Bombay plague: being a history of the progress of plague in the Bombay presidency from September 1896 to June 1899
Year: 1896
Disease focus: Plague
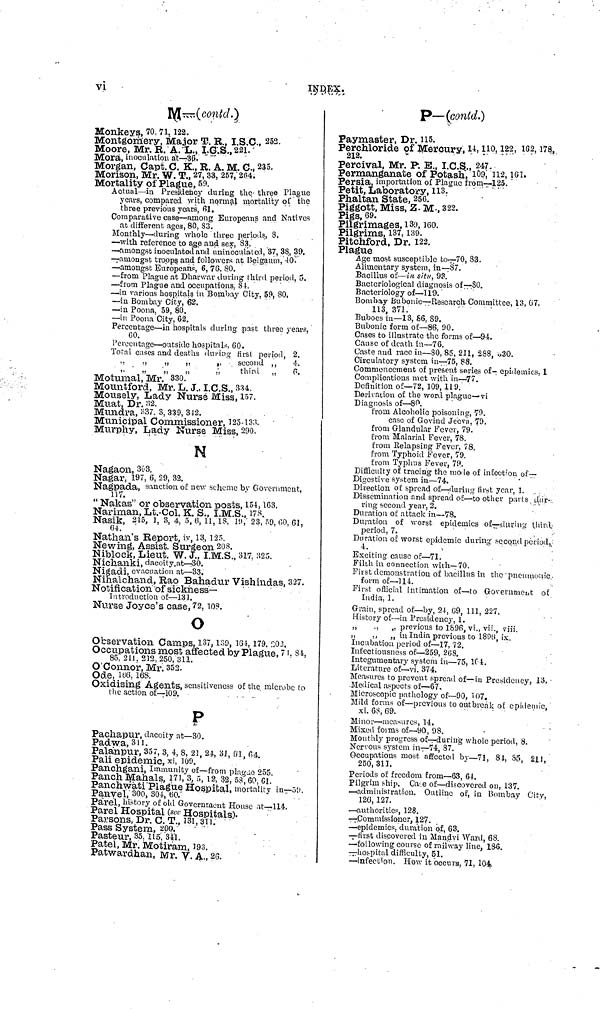
vi
INDEX.
M—(contd.)
Monkeys, 70,7l, 122.
Montgomery, Major T. R., I.S.C., 252.
Moore, Mr. R. A. L., I.C.S., 221.
Mora, inoculation
at—36.
Morgan, Capt. C. K., R. A. M. C., 235.
Morison, Mr. W. T., 27,33, 257, 264.
Mortality of Plague, 59.
Actual—in Presidency during the three Plague
years, compared with normal mortality of the
three previous years, 61.
Comparative case—among Europeans and Natives
at different ages, 80, 83.
Monthly—during whole three periods, 8.
—with reference to age and sex, 83.
—amongst inoculated and uninoculated, 37, 38, 39.
—amongst troops and followers at Belgaum, 40.
—amongst Europeans, 6, 76. 80.
—from Plague at Dharwar during third period, 5.
—from Plague and occupations. 84.
—in various hospitals in Bombay City. 59, 80.
—in Bombay City, 62.
—in Poona, 59, 80.
—in Poona City, 62.
Percentage—in hospitals during past three years,
CO.
Percentage—outside hospitals, 60.
Total cases and deaths during first period, 2.
,,
,,
„
,,
,,
second ,,
4.
„
,,
„
„
,,
third „
P.
Motumal, Mr. 330.
Mountford, Mr. L. J., I.C.S., 334.
Mousely, Lady Nurse Miss, 157.
Muat, Dr. 32.
Mundra, 337, 3, 339, 342.
Municipal Commissioner, 125-133.
Murphy, Lady Nurse Miss, 290.
N
Nagaon, 303.
Nagar, 197, 6, 29, 32.
Nagpada, sanction of new scheme by Government,
117.
" Nakas'' or observation posts, 154, 163.
Nariman, Lt.-Col. K. S., I.M.S., 178.
Nasik, 215, 1, 3, 4, 5, 6, 11, 13, 19, 23, 59, 60, 61,
64.
Nathan's Report, iv, 13, 125.
Newing, Assist. Surgeon 208.
Niblock, Lieut. W. J., I.M.S., 317, 325.
Nichanki, dacoity at—30.
Nigadi, evacuation at—33.
Nihalchand, Rap Bahadur Vishindas, 327.
Notification of sickness—
Introduction of—131.
Nurse Joyce's case, 72, 108.
O
Observation Camps, 137, 139, 164, 179, 203.
Occupations most affected by Plague, 71, 84,
85. 21J. 212,250, 311.
O'Connor, Mr. 352.
Ode, 166, 168.
Oxidising Agents, sensitiveness of the microbe to
the action
of—109.
P
Pachapur, dacoity at—30.
Padwa, 311.
Palanpur, 357, 3, 4, 8, 21, 24, 31, 61, 64.
Pali epidemic, xi, 109.
Panchgani, Immunity of—from plagae 255.
\ill\
,3,5, 12, 32, 58, 60, 61.
Hospital, mortality in—59.
Panvel, 300, 304, 60.
Parel, history of old Government House at—114.
Parel Hospital (see Hospitals).
Parsons, Dr. C. T., 131, 311.
Pass System, 200.
Pasteur, 30, 115, 341.
Patel, Mr. Motiram, 193.
Patwardhan, Mr. V. A., 26.
P—(contd.)
Paymaster, Dr. 115.
Perchloride of Mercury, 14, 110, 122, 162, 178,
212.
Percival, Mr. P. E., I.C.S., 247.
Permanganate of Potash, 109, 112, 161.
Persia, importation of Plague from—125.
Petit, Laboratory, 113.
Phaltan State, 256,
Piggott, Miss, Z. M., 322.
Pigs, 69.
Pilgrimages, 139, 160.
Pilgrims, 137, 139.
Pitchford, Dr. 122.
Plague
Age most susceptible to—70, 83,
Alimentary system, in—87.
Bacillus of—in situ, 93.
Bacteriological diagnosis of —80.
Bacteriology of—119.
Bombay Bubonic—Research Committee, 13, 67.
113, 371.
Buboes in—13, S6, 89.
Bubonic form of—86, 90.
Cases to illustrate the forms of—94.
Cause of death in—76.
Caste and race in—80, 85, 211, 288, 330.
Circulatory system in—75, 88.
Commencement of present series of- epidemics. 1
Complications met with in—77.
Definition of—72, 109, 119.
Derivation of the word plague—vi
Diagnosis of—80.
from Alcoholic poisoning, 79.
case of Govind Jeeva, 79.
from Glandular Fever, 79.
from Malarial Fever, 78.
from Eelapsing Fever, 78.
from Typhoid Fever, 79.
from Typhus Fever, 79.
Difficulty of tracing the mode of infection of—
Digestive system in—74.
Direction of spread of—during first year, 1.
Dissemination and spread of—to other parts dur-
ring second year, 2.
Duration of attack in—78.
Duration of worst epidemics of—during third,
period, 7.
.
Duration of worst epidemic during second period,
Exciting cause of—71.
Filth in connection with—70.
First demonstration of bacillus in the pneumonic.
form of—114.
First official intimation of—to Government of
India, 1.
Grain, spread of—by, 24, 69, 111, 227.
History of—in Presidency, 1.
,,
., ,, previous to 1896, vi., vii., viii.
,,
., „ in India previous to 1896, ix.
Incubation period of—17, 72.
Infectiousness of—259, 268.
Integumentary system in—75, 164.
Literature of—vi. 374.
Measures to prevent spread of—in Presidency, 13.
Medical aspects of—67.
Microscopic pathology of—90, 107.
Mild forms of—previous to outbreak of epidemic,
xi. 68, 69.
Minor—measures, 14.
Mixed forms of—90, 98.
Monthly progress of—during whole period, 8.
Nervous system in—74, 87.
Occupations most affected by—71, 84, 85, 211,
250, 311.
Periods of freedom from—63, 64.
Pilgrim ship. Case of—discovered on, 137.
—administration. Outline of, in Bombay City,
126, 127.
—authorities, 128.
—Commissioner, 127.
—epidemics, duration of, 63.
—first discovered in Mandvi Ward, 68.
—following course of railway line, 186.
—hospital difficulty, 51.
—infection. How it "occurs, 71, 104.